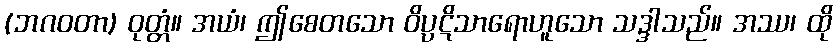
(ဘဂဝတာ) ဝုတ္တံ။ အယံ၊ ဤစေတသော ဝိပ္ပဋိသာရောဟူသော သဒ္ဒါသည်။ အဿ၊ ထို